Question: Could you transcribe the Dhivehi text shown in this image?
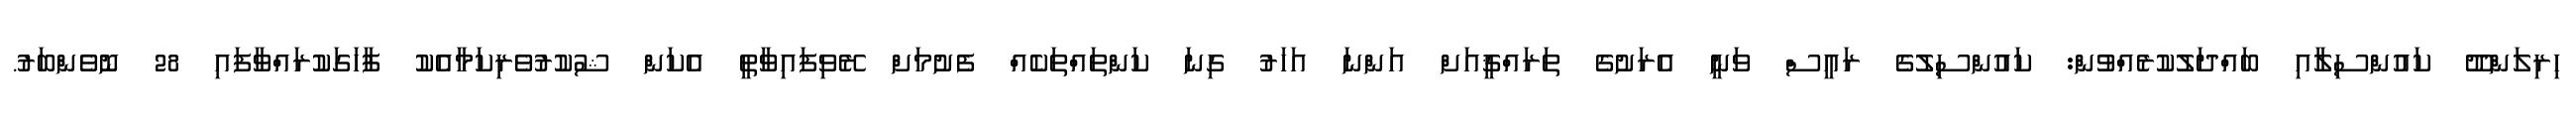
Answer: ހިރިލަންދޫ ކައުންސިލާއި ބައްދަލުކުރެއްވުން: ކައުންސިލުގެ ރައީސް ވަނީ އެރަށުގެ ތަރައްޤީއަށް އަންނަ އަހަރު ގިނަ ކަންތައްތަކެއް ފެށުމަށް ރޭވިފައިވާތީ އެކަން ޝުކުރުވެރިކަމާއެކު ފާހަގަކުރައްވާފައި 28 ނޮވެންބަރު.